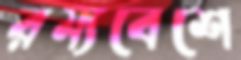
রম্যবেশে